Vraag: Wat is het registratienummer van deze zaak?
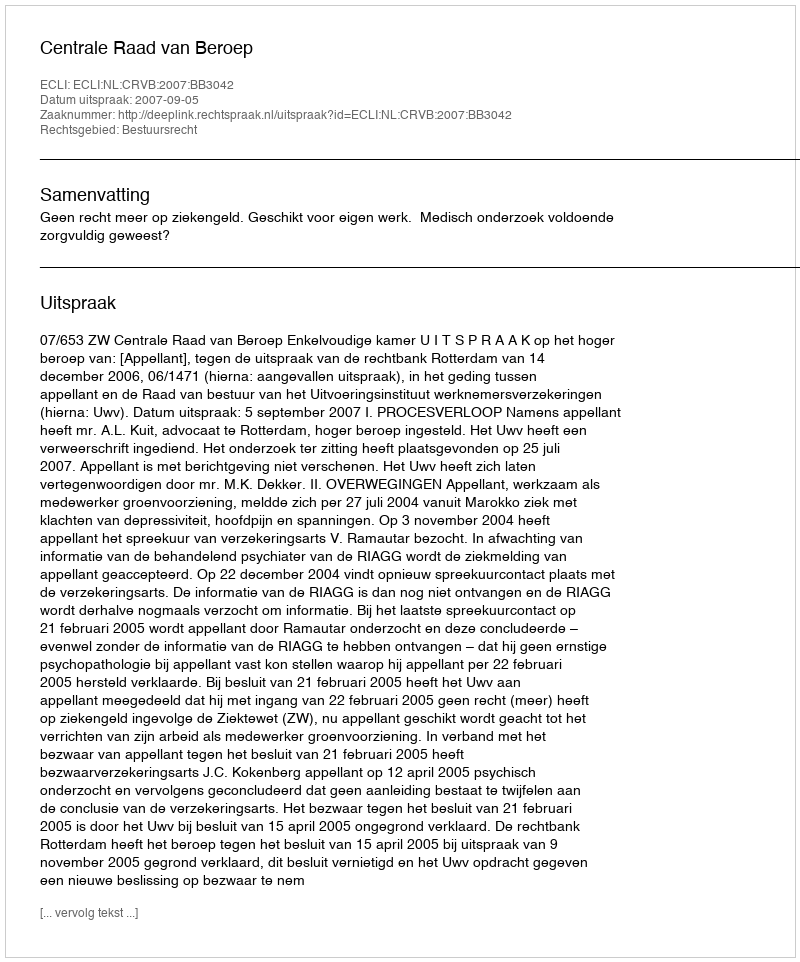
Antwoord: http://deeplink.rechtspraak.nl/uitspraak?id=ECLI:NL:CRVB:2007:BB3042